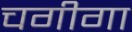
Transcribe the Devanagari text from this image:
चगीगा